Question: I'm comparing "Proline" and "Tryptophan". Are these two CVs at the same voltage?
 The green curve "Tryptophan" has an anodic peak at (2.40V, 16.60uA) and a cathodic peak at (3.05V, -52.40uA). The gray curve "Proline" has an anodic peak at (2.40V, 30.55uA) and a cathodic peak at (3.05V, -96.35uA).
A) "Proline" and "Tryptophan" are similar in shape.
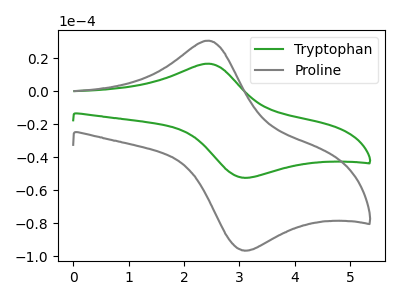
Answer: <think>All the peaks in "Proline" have a peak in "Tryptophan" at the same potential. Every peak in "Proline" is higher than every peak in "Tryptophan".
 </think>
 <answer>A) "Proline" and "Tryptophan" are similar in shape.</answer>
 <eval>A</eval>